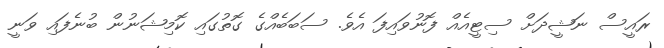
ރައީސް ނަޝީދަށް ސިޓީއެއް ފޮނުވައިފަ އެވެ. ސަބަބެއްގެ ގޮތުގައި ކޮމިޝަނުން ބުނެފައި ވަނީ